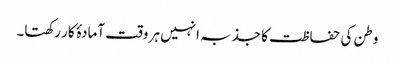
وطن کی حفاظت کا جذبہ انہیں ہر وقت آمادۂ کار رکھتا۔